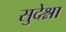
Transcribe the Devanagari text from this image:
सुदेश्ना